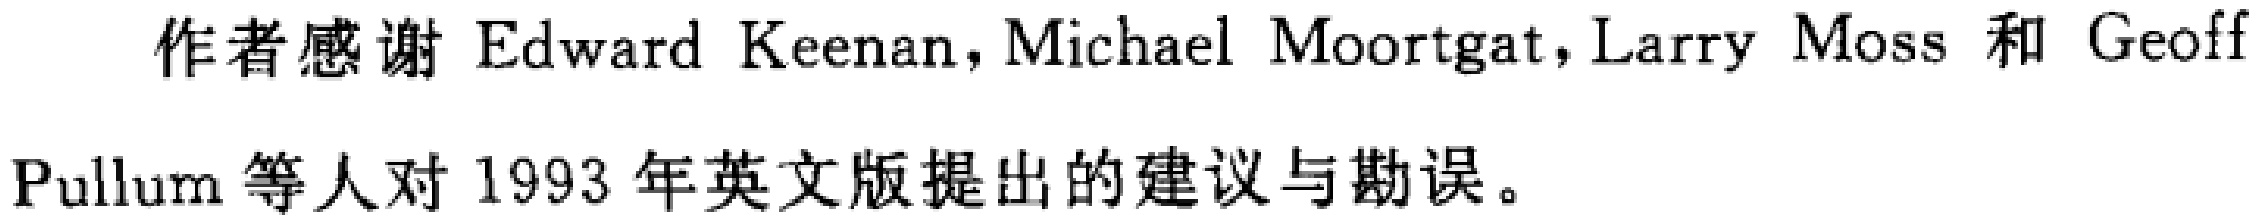
作者感谢 Edward Keenan, Michael Moortgat, Larry Moss 和 Geoff Pullum 等人对 1993 年英文版提出的建议与勘误。